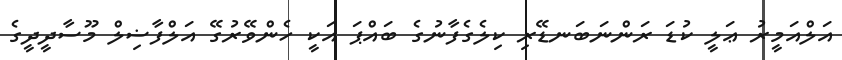
އަލްއަމީރު ޢަލީ ކުޑަ ރަންނަބަނޑޭރި ކިލެގެފާނުގެ ބައްޕަ އަކީ ހެންވޭރުގޭ އަލްފާޟިލް މޫސާދީދީގެ